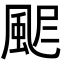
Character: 𩖾